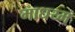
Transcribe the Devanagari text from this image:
माधय्म